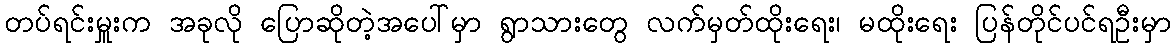
တပ်ရင်းမှူးက အခုလို ပြောဆိုတဲ့အပေါ်မှာ ရွာသားတွေ လက်မှတ်ထိုးရေး၊ မထိုးရေး ပြန်တိုင်ပင်ရဦးမှာ